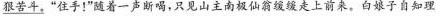
\underline{狠苦斗。}“住手！”随着一声断喝，只见山主南极仙翁缓缓走上前来。白娘子自知理